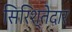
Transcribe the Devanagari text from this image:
सिरिश्तेदार